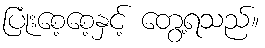
ပြုံးစေ့စေ့နှင့် တွေ့ရသည်။